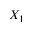
X _ { 1 }